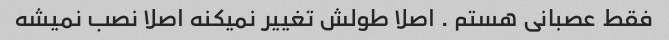
فقط عصبانی هستم . اصلا طولش تغییر نمیکنه اصلا نصب نمیشه